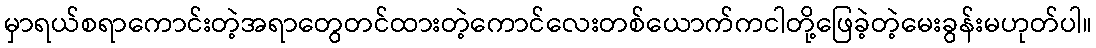
မှာရယ်စရာကောင်းတဲ့အရာတွေတင်ထားတဲ့ကောင်လေးတစ်ယောက်ကငါတို့ဖြေခဲ့တဲ့မေးခွန်းမဟုတ်ပါ။